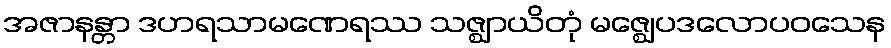
အဇာနန္တာ ဒဟရသာမဏေရဿ သဇ္ဈာယိတုံ မဇ္ဈေပဒလောပဝသေန